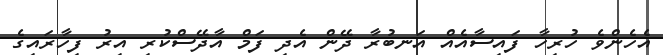
އެހެންވެ ހުރިހާ ފައިސާއެއް އަނބުރާ ދޭން އެދި ފަމް އާދޭސްކުރި އިރު ފިހާރައިގެ